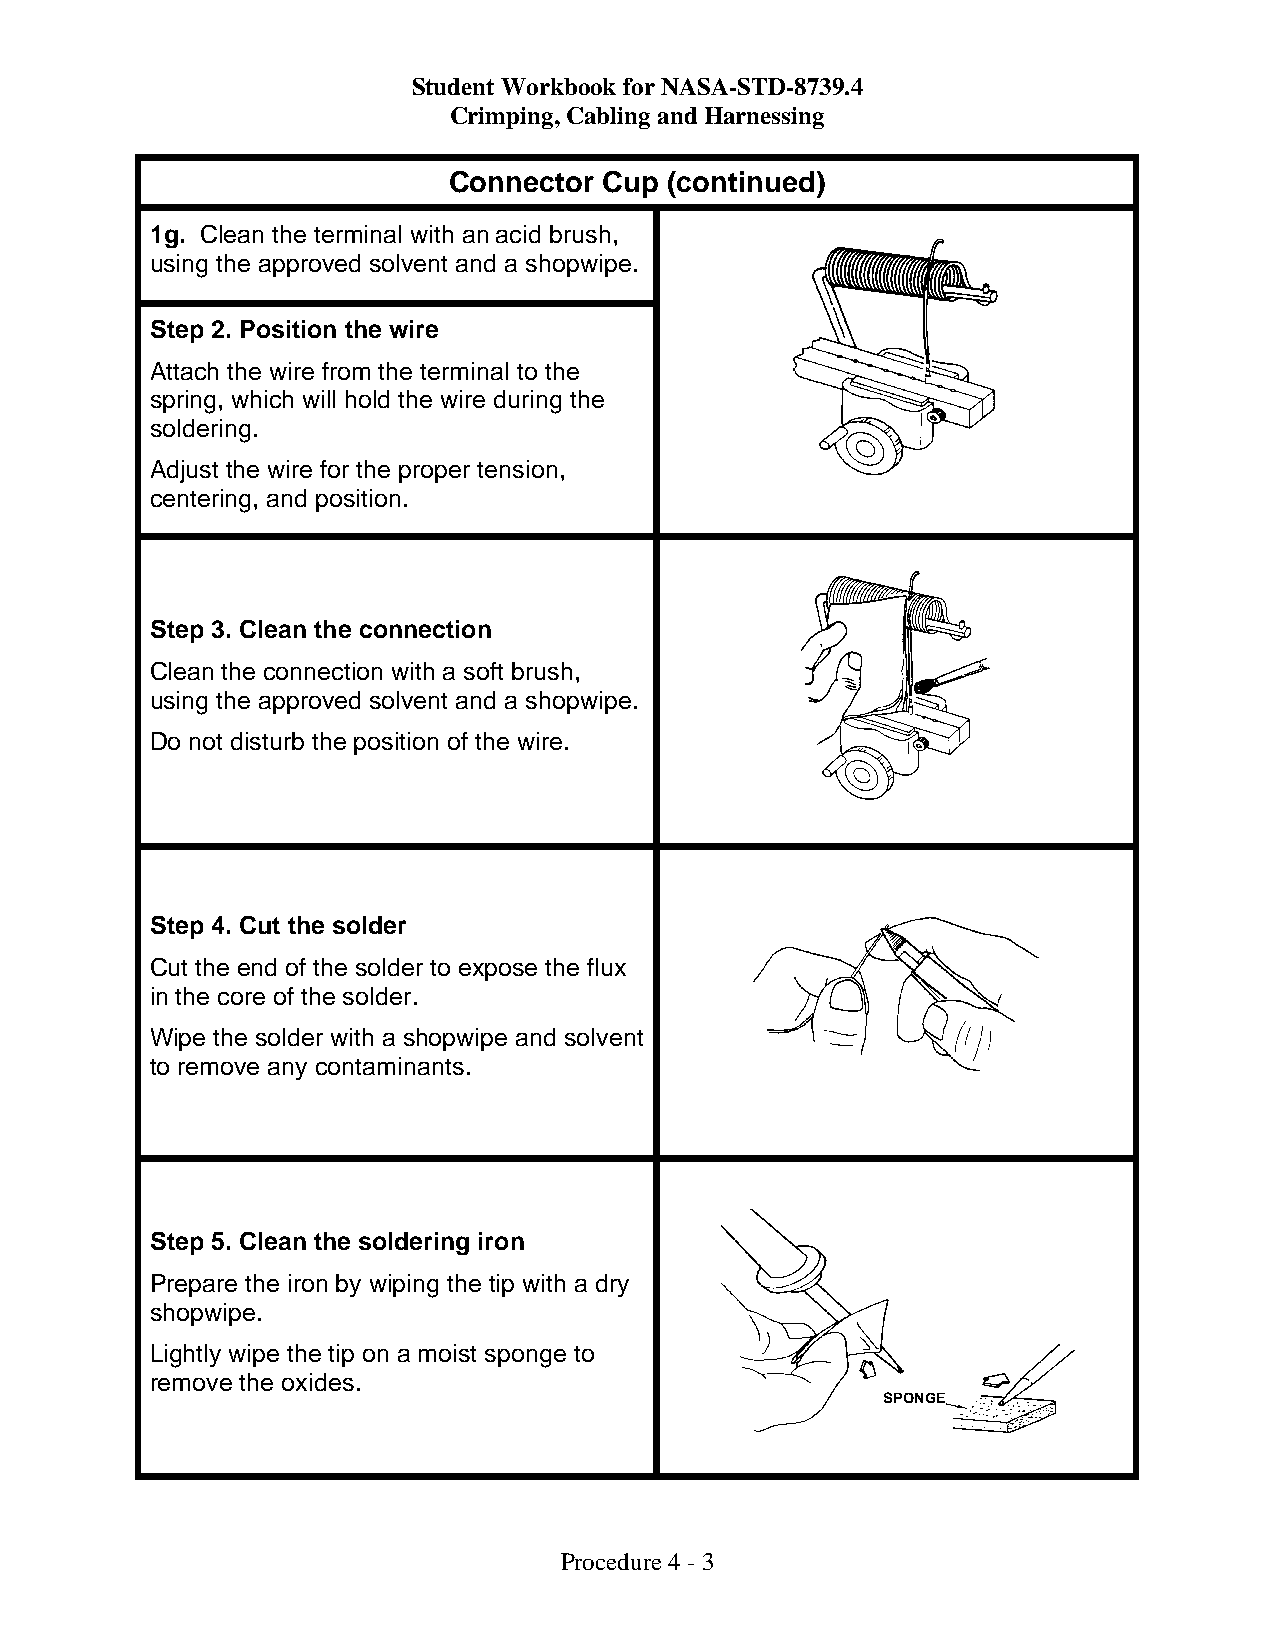
Student Workbook for NASA-STD-8739.4
 Crimping, Cabling and Harnessing
 Connector Cup (continued)
 1g. Clean the terminal with an acid brush,
 using the approved solvent and a shopwipe.
 Step 2. Position the wire
 Attach the wire from the terminal to the
 spring, which will hold the wire during the
 soldering.
 Adjust the wire for the proper tension,
 centering, and position.
 Step 3. Clean the connection
 Clean the connection with a soft brush,
 using the approved solvent and a shopwipe.
 Do not disturb the position of the wire.
 Step 4. Cut the solder
 Cut the end of the solder to expose the flux
 in the core of the solder.
 Wipe the solder with a shopwipe and solvent
 to remove any contaminants.
 Step 5. Clean the soldering iron
 Prepare the iron by wiping the tip with a dry
 shopwipe.
 Lightly wipe the tip on a moist sponge to
 remove the oxides.
 SPONGE
 Procedure 4 - 3